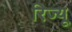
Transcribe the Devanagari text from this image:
रिज्यू